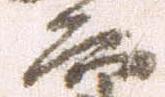
郎